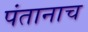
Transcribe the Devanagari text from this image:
पंतानाच